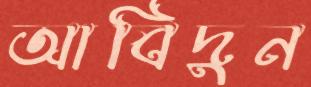
আবিদুন